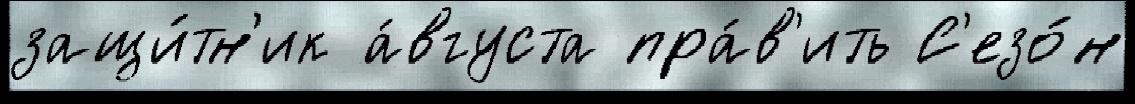
защи́тн'ик а́вгуста пра́в'ить С'езо́н